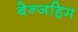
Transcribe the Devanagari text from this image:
बेन्जहिम